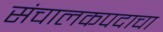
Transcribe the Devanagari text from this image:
संचालकपदाचा